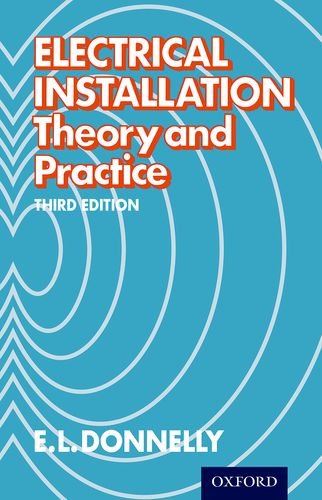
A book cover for Electrical Installation - Theory and Practice Third Edition; E. L. Donnelly; Teen & Young Adult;